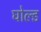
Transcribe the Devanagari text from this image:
घोल्ड